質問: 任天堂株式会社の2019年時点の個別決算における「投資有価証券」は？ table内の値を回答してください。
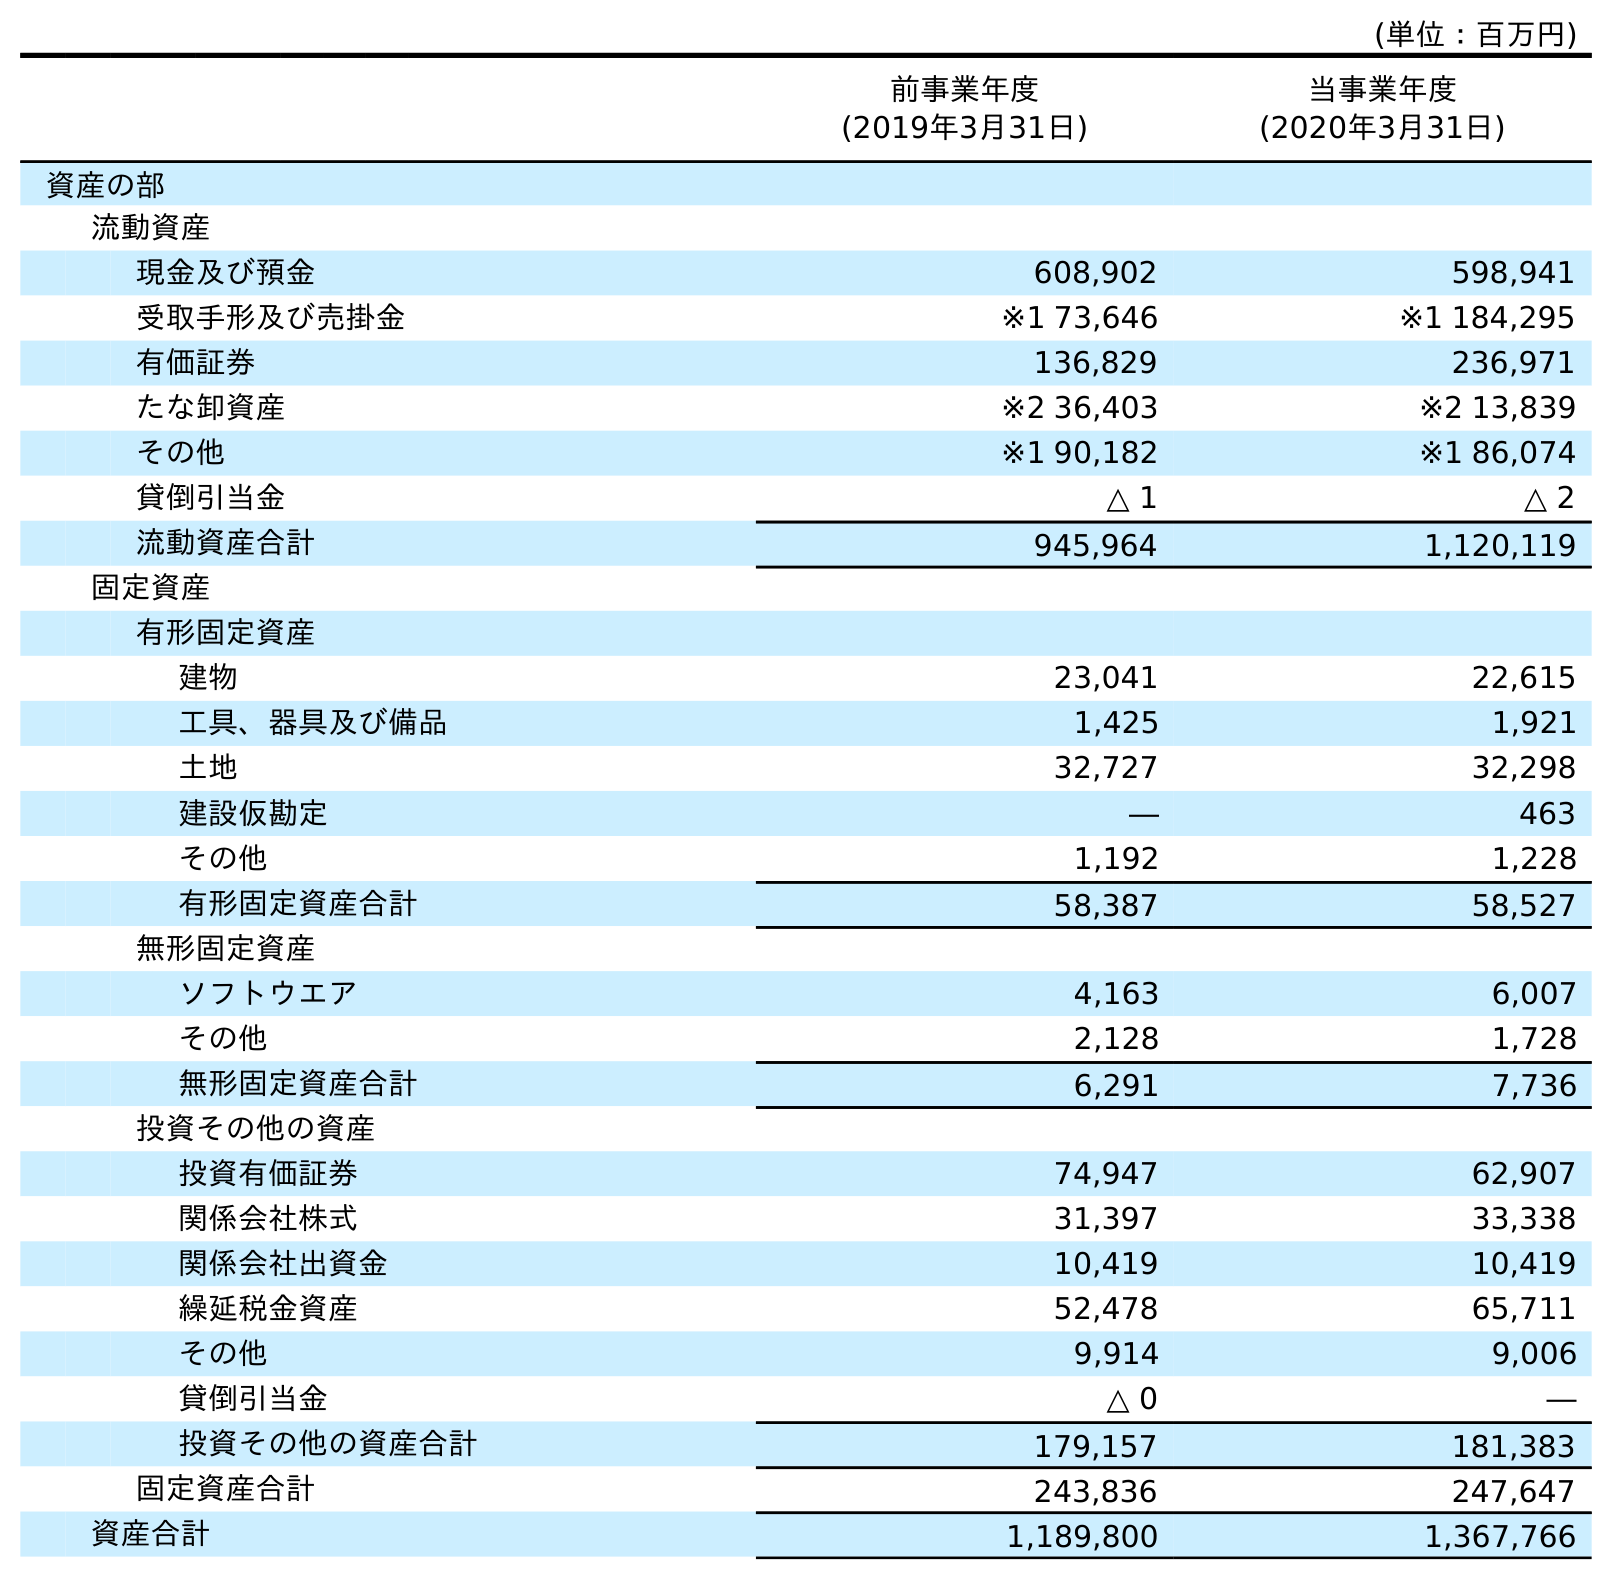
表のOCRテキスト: (単位：百万円) 前事業年度 (2019年3月31日) 当事業年度 (2020年3月31日) 資産の部 流動資産 現金及び預金 608,902 598,941 受取手形及び売掛金 ※1 73,646 ※1 184,295 有価証券 136,829 236,971 たな卸資産 ※2 36,403 ※2 13,839 その他 ※1 90,182 ※1 86,074 貸倒引当金 △ 1 △ 2 流動資産合計 945,964 1,120,119 固定資産 有形固定資産 建物 23,041 22,615 工具、器具及び備品 1,425 1,921 土地 32,727 32,298 建設仮勘定 ― 463 その他 1,192 1,228 有形固定資産合計 58,387 58,527 無形固定資産 ソフトウエア 4,163 6,007 その他 2,128 1,728 無形固定資産合計 6,291 7,736 投資その他の資産 投資有価証券 74,947 62,907 関係会社株式 31,397 33,338 関係会社出資金 10,419 10,419 繰延税金資産 52,478 65,711 その他 9,914 9,006 貸倒引当金 △ 0 ― 投資その他の資産合計 179,157 181,383 固定資産合計 243,836 247,647 資産合計 1,189,800 1,367,766
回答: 74,947